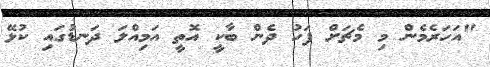
"އަހަރެމެން މި މެޗަށް ފަހު ދެން ބާކީ އޮތީ އަމިއްލަ ދަނޑުގައި ކުޅޭ